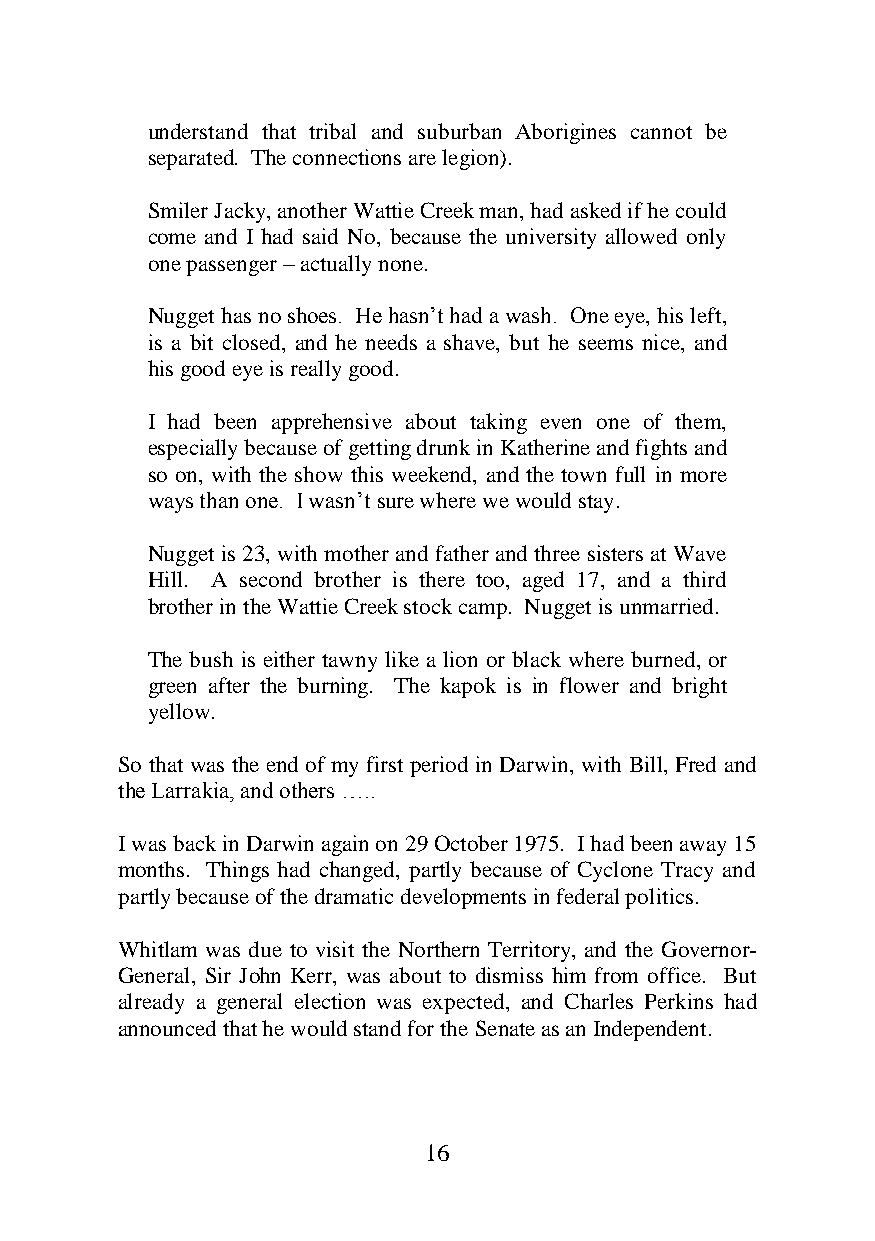
understand that tribal and suburban Aborigines cannot be
 separated. The connections are legion).
 Smiler Jacky, another Wattie Creek man, had asked if he could
 come and I had said No, because the university allowed only
 one passenger – actually none.
 Nugget has no shoes. He hasn’t had a wash. One eye, his left,
 is a bit closed, and he needs a shave, but he seems nice, and
 his good eye is really good.
 I had been apprehensive about taking even one of them,
 especially because of getting drunk in Katherine and fights and
 so on, with the show this weekend, and the town full in more
 ways than one. I wasn’t sure where we would stay.
 Nugget is 23, with mother and father and three sisters at Wave
 Hill. A second brother is there too, aged 17, and a third
 brother in the Wattie Creek stock camp. Nugget is unmarried.
 The bush is either tawny like a lion or black where burned, or
 green after the burning. The kapok is in flower and bright
 yellow.
 So that was the end of my first period in Darwin, with Bill, Fred and
 the Larrakia, and others …..
 I was back in Darwin again on 29 October 1975. I had been away 15
 months. Things had changed, partly because of Cyclone Tracy and
 partly because of the dramatic developments in federal politics.
 Whitlam was due to visit the Northern Territory, and the Governor-
 General, Sir John Kerr, was about to dismiss him from office. But
 already a general election was expected, and Charles Perkins had
 announced that he would stand for the Senate as an Independent.
 16